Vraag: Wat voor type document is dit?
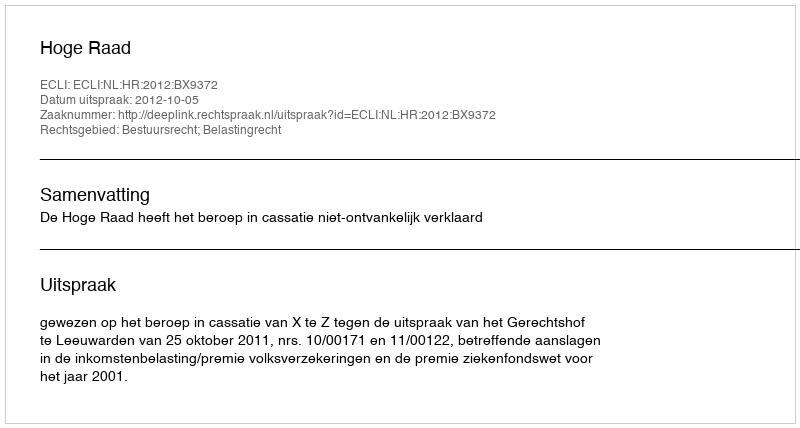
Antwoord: Uitspraak